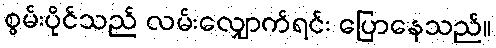
စွမ်းပိုင်သည် လမ်းလျှောက်ရင်း ပြောနေသည်။